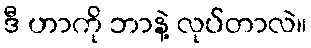
ဒီ ဟာကို ဘာနဲ့ လုပ်တာလဲ။